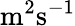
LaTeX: \mathrm{m}^{2}\mathrm{s^{-1}}